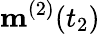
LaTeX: \mathbf{m}^{(2)}(t_{2})